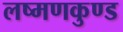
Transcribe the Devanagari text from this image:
लष्मणकुण्ड